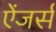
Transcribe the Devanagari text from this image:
ऐंजर्स